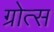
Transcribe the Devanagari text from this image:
ग्रोत्स